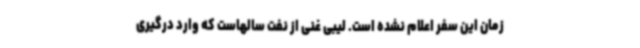
زمان این سفر اعلام نشده است. لیبی غنی از نفت سالهاست که وارد درگیری